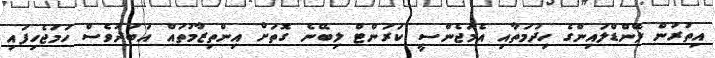
އިތުރުން ލޭންޑްލައިންގެ ހިދުމަތާއި އެމަޖެންސީ ކަރަންޓް ލިބޭނެ ގޮތަށް އިންތިޒާމުތައް އަބަދުވެސް ހަމަޖެހިފައި